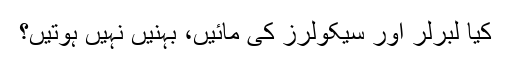
کیا لبرلر اور سیکولرز کی مائیں، بہنیں نہیں ہوتیں؟